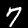
Label: 7